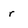
Character: r